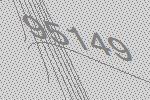
95149